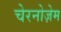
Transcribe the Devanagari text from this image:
चेरनोज़ेम